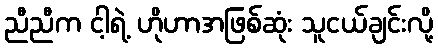
ညီညီက ငါ့ရဲ့ ဟိုဟာအဖြစ်ဆုံး သူငယ်ချင်းလို့